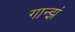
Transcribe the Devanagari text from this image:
गान्झं